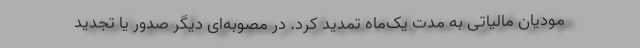
مودیان مالیاتی به مدت یک‌ماه تمدید کرد. در مصوبه‌ای دیگر صدور یا تجدید